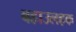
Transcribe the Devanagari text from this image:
बहाउलहक